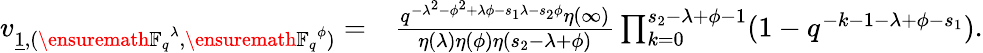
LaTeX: \begin{array}{rl}{v_{\underline{{1}},({\ensuremath{{\mathbb{F}}}_{q}}^{\lambda},{\ensuremath{{\mathbb{F}}}_{q}}^{\phi})}=}&{\frac{q^{-\lambda^{2}-\phi^{2}+\lambda\phi-s_{1}\lambda-s_{2}\phi}\eta(\infty)}{\eta(\lambda)\eta(\phi)\eta(s_{2}-\lambda+\phi)}\prod_{k=0}^{s_{2}-\lambda+\phi-1}(1-q^{-k-1-\lambda+\phi-s_{1}}).}\end{array}